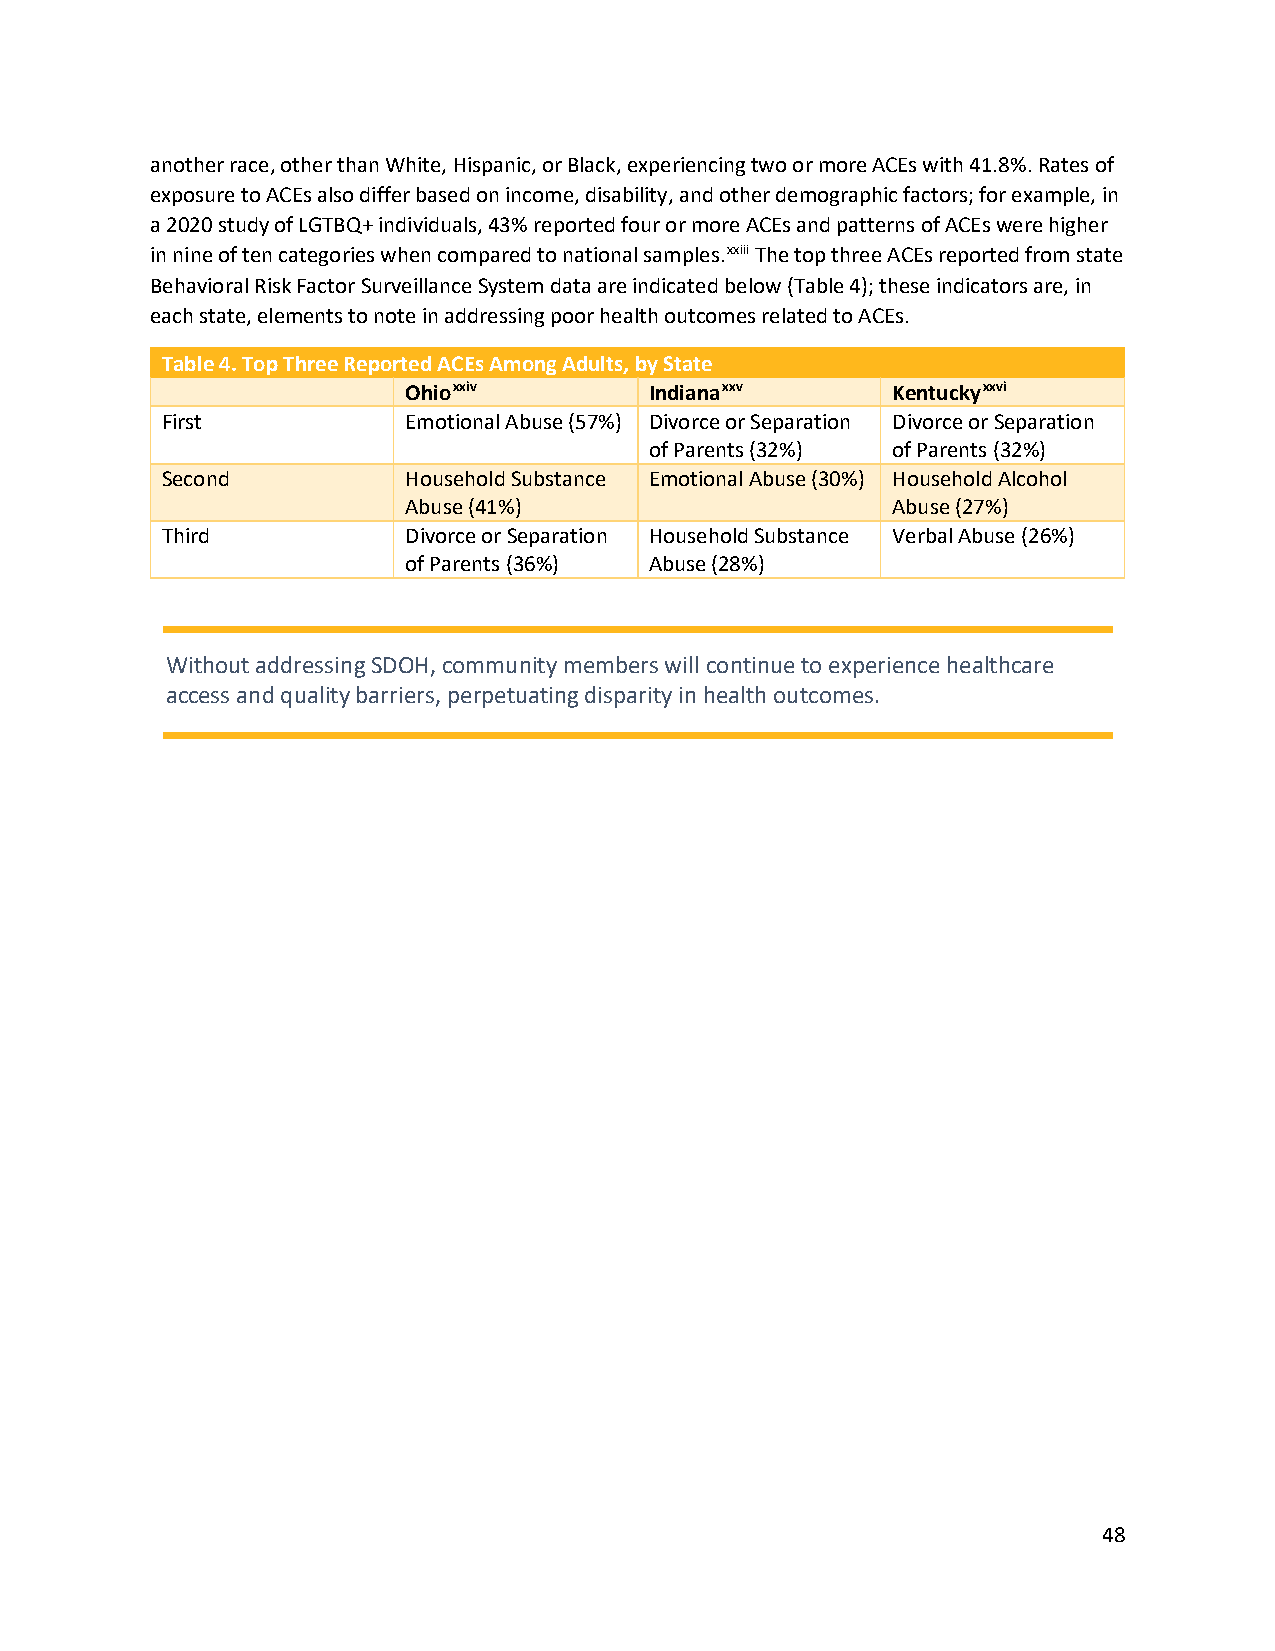
another race, other than White, Hispanic, or Black, experiencing two or more ACEs with 41.8%. Rates of
 exposure to ACEs also differ based on income, disability, and other demographic factors; for example, in
 a 2020 study of LGTBQ+ individuals, 43% reported four or more ACEs and patterns of ACEs were higher
 in nine of ten categories when compared to national samples.xxiii The top three ACEs reported from state
 Behavioral Risk Factor Surveillance System data are indicated below (Table 4); these indicators are, in
 each state, elements to note in addressing poor health outcomes related to ACEs.
 Table 4. Top Three Reported ACEs Among Adults, by State
 Ohioxxiv        Indianaxxv      Kentuckyxxvi
 First           Emotional Abuse (57%) Divorce or Separation Divorce or Separation
 of Parents (32%) of Parents (32%)
 Second          Household Substance Emotional Abuse (30%) Household Alcohol
 Abuse (41%)                     Abuse (27%)
 Third           Divorce or Separation Household Substance Verbal Abuse (26%)
 of Parents (36%) Abuse (28%)
 Without addressing SDOH, community members will continue to experience healthcare
 access and quality barriers, perpetuating disparity in health outcomes.
 48